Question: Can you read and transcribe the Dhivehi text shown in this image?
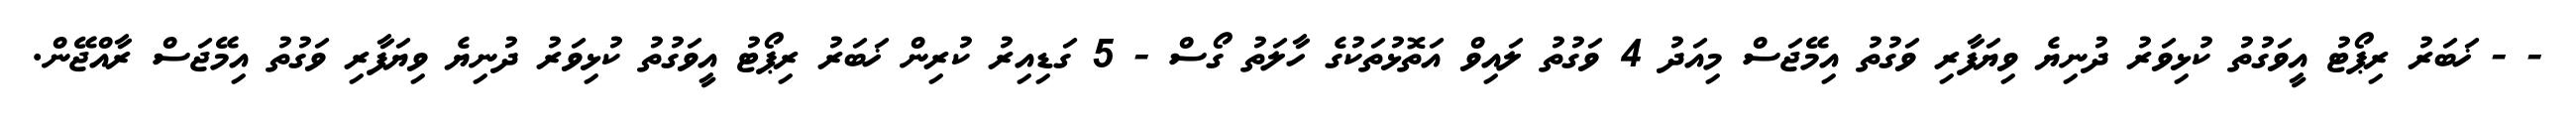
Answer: - - ޚަބަރު ރިޕޯޓު އީވަގުތު ކުޅިވަރު ދުނިޔެ ވިޔަފާރި ވަގުތު އިމޭޖަސް މިއަދު 4 ވަގުތު ލައިވް އަތޮޅުތަކުގެ ހާލަތު ގޯސް - 5 ގަޑިއިރު ކުރިން ޚަބަރު ރިޕޯޓު އީވަގުތު ކުޅިވަރު ދުނިޔެ ވިޔަފާރި ވަގުތު އިމޭޖަސް ރާއްޖޭން.